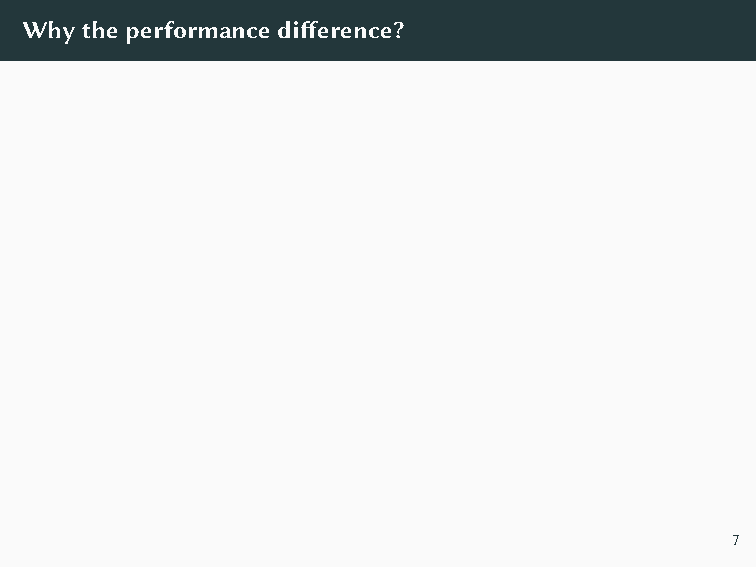
Itcomesdowntothedifferentcomplexitiesofappend.
 Python Haskell
 O(1)  O(n)
 createArrayUpTo::Int → Array Int
 def create_array_up_to(n): createArrayUpTo n =
 array = []              foldl
 for i in range(n):        (λarray i → append array i)
 array.append(i)       emptyArray
 return array              [0..n−1]
 Bothimplementationscallappend ntimes,whichcausesthe
 differenceinasymptotics.
 Whytheperformancedifference?
 7